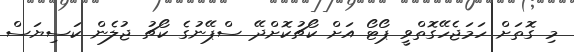
މި ގޮތަށް ހަމަޖެހޭގޮތްވީ ޕޯޓޯ އަށް ކޯޗުކޮށްދޭ ސްޕޭނުގެ ކޯޗު ޖުލެން ކަސިޔަސް